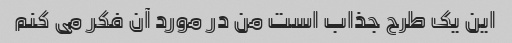
این یک طرح جذاب است من در مورد آن فکر می کنم